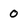
Character: 0